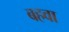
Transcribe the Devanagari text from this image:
बहवा